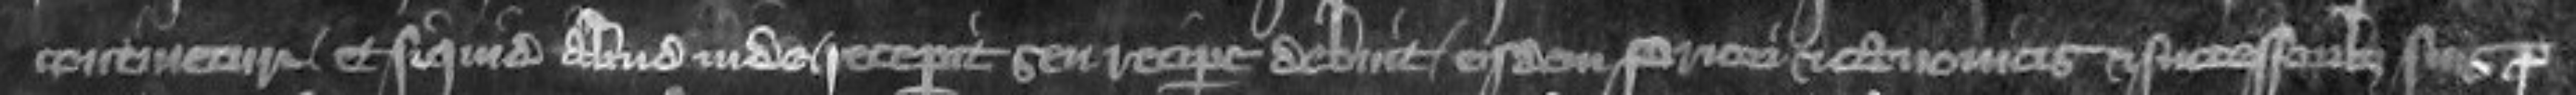
continetur et si quid aliud inde receperit seu recipere debuit eisdem priori et canonicis et successoribus suis pro